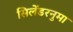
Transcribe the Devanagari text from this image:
सिलेंडरनुमा